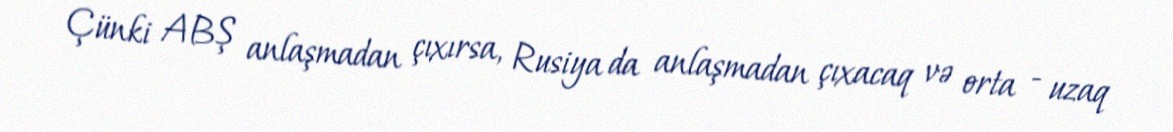
Çünki ABŞ anlaşmadan çıxırsa, Rusiya da anlaşmadan çıxacaq və orta - uzaq